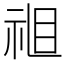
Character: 𱲶